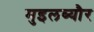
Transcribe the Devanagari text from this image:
मुइलब्यौर